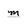
Character: m